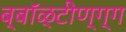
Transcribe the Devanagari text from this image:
ब्बॉळ्टीण्ग्ग